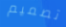
تصميم